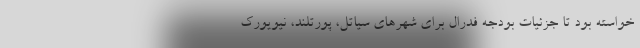
خواسته بود تا جزئیات بودجه فدرال برای شهرهای سیاتل، پورتلند، نیویورک